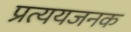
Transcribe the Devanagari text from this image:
प्रत्ययजनक